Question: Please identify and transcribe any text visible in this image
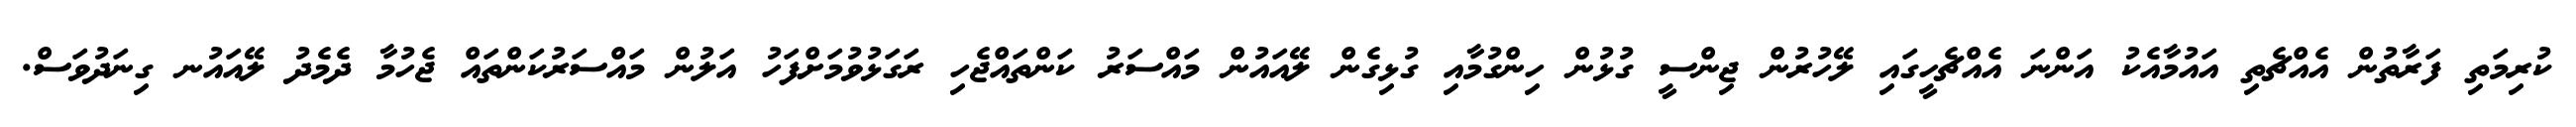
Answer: ކުރިމަތި ފަރާތުން އެއްޗެތި އައުމާއެކު އަންނަ އެއްޗެހީގައި ލޭހުރުން ޖިންސީ ގުޅުން ހިންގުމާއި ގުޅިގެން ލޭއައުން މައްސަރު ކަންތައްޖެހި ރަގަޅުވުމަށްފަހު އަލުން މައްސަރުކަންތައް ޖެހުމާ ދެމެދު ލޭއައުނ ގިނަދުވަސް.